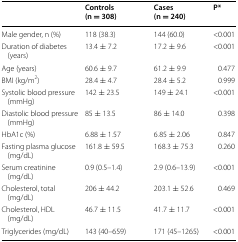
<table><thead><tr><td></td><td><b>Controls (n = 308)</b></td><td><b>Cases (n = 240)</b></td><td><b>P*</b></td></tr></thead><tbody><tr><td>Male gender, n (%)</td><td>118 (38.3)</td><td>144 (60.0)</td><td>&lt;0.001</td></tr><tr><td>Duration of diabetes (years)</td><td>13.4 ± 7.2</td><td>17.2 ± 9.6</td><td>&lt;0.001</td></tr><tr><td>Age (years)</td><td>60.6 ± 9.7</td><td>61.2 ± 9.9</td><td>0.477</td></tr><tr><td>BMI (kg/m<sup>2</sup>)</td><td>28.4 ± 4.7</td><td>28.4 ± 5.2</td><td>0.999</td></tr><tr><td>Systolic blood pressure (mmHg)</td><td>142 ± 23.5</td><td>149 ± 24.1</td><td>&lt;0.001</td></tr><tr><td>Diastolic blood pressure (mmHg)</td><td>85 ± 13.5</td><td>86 ± 14.0</td><td>0.398</td></tr><tr><td>HbA1c (%)</td><td>6.88 ± 1.57</td><td>6.85 ± 2.06</td><td>0.847</td></tr><tr><td>Fasting plasma glucose (mg/dL)</td><td>161.8 ± 59.5</td><td>168.3 ± 75.3</td><td>0.260</td></tr><tr><td>Serum creatinine (mg/dL)</td><td>0.9 (0.5–1.4)</td><td>2.9 (0.6–13.9)</td><td>&lt;0.001</td></tr><tr><td>Cholesterol, total (mg/dL)</td><td>206 ± 44.2</td><td>203.1 ± 52.6</td><td>0.469</td></tr><tr><td>Cholesterol, HDL (mg/dL)</td><td>46.7 ± 11.5</td><td>41.7 ± 11.7</td><td>&lt;0.001</td></tr><tr><td>Triglycerides (mg/dL)</td><td>143 (40–659)</td><td>171 (45–1265)</td><td>&lt;0.001</td></tr></tbody></table>